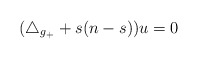
\begin{align*}(\triangle_{g_+}+s(n-s))u=0\end{align*}